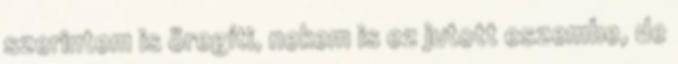
szerintem is öregíti, nekem is ez jutott eszembe, de